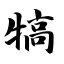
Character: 犒